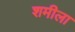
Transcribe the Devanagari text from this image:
शमीला